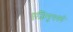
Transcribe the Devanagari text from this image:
एज़िमुथको